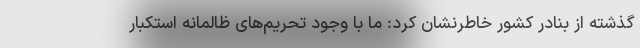
گذشته از بنادر کشور خاطرنشان کرد: ما با وجود تحریم‌های ظالمانه استکبار